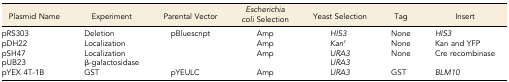
<table><thead><tr><td><b>Plasmid Name</b></td><td><b>Experiment</b></td><td><b>Parental Vector</b></td><td><b><i>Escherichia coli</i> Selection</b></td><td><b>Yeast Selection</b></td><td><b>Tag</b></td><td><b>Insert</b></td></tr></thead><tbody><tr><td>pRS303</td><td>Deletion</td><td>pBluescript</td><td>Amp</td><td><i>HIS3</i></td><td>None</td><td><i>HIS3</i></td></tr><tr><td>pDH22</td><td>Localization</td><td></td><td>Amp</td><td><i>Kan<sup>r</sup></i></td><td>None</td><td>Kan and YFP</td></tr><tr><td>pSH47</td><td>Localization</td><td></td><td>Amp</td><td><i>URA3</i></td><td>None</td><td>Cre recombinase</td></tr><tr><td>pUB23</td><td>β-galactosidase</td><td></td><td></td><td><i>URA3</i></td><td></td><td></td></tr><tr><td>pYEX 4T-1B</td><td>GST</td><td>pYEULC</td><td>Amp</td><td><i>URA3</i></td><td>GST</td><td><i>BLM10</i></td></tr></tbody></table>